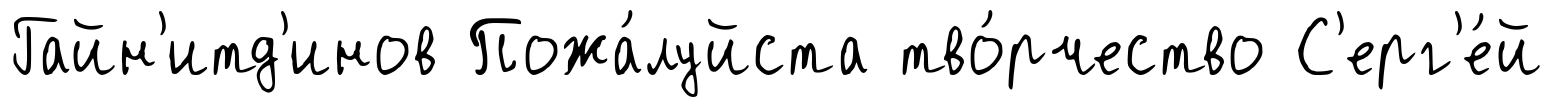
Гайн'итд'инов Пожа́луйста тво́рчество С'ерг'е́й